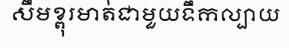
សឹមខ្ពុរមាត់ជាមួយទឹកល្បាយ